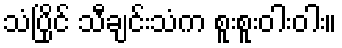
သံပြိုင် သီချင်းသံက စူးစူးဝါးဝါး။